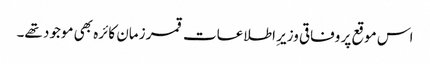
اس موقع پر وفاقی وزیرِ اطلاعات قمر زمان کائرہ بھی موجود تھے۔